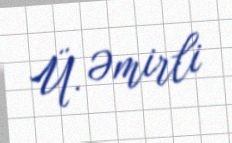
Ü. Əmirli